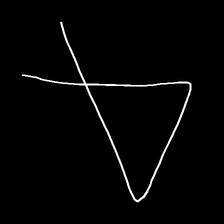
Glyph: collection